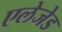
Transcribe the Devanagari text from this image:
एलेजेड